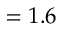
= 1 . 6